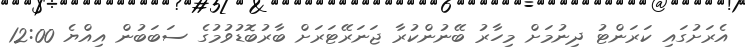
އެރަށުގައި ކަރަންޓު ދިނުމަށް މިހާރު ބޭނުންކުރާ ޖަނަރޭޓަރަށް ބާރުބޮޑުވުމުގެ ސަބަބުން އިއްޔެ 12:00